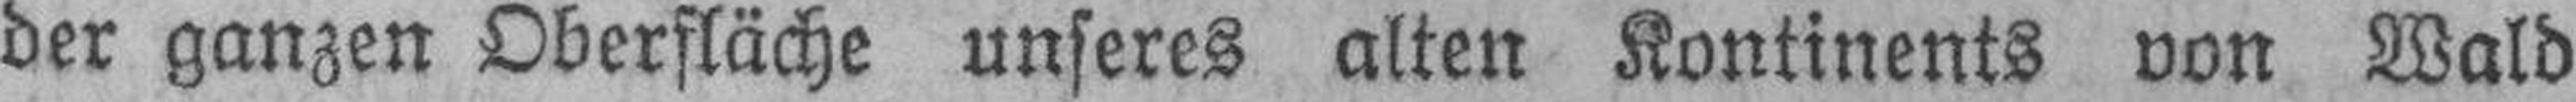
der ganzen Oberfläche unseres alten Kontinents von Wald